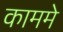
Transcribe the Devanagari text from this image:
काममे